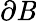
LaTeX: \partial\mathit{B}